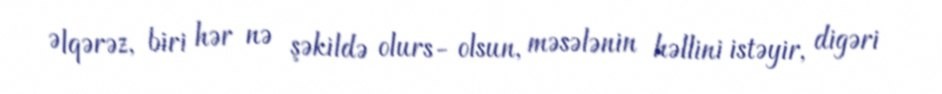
Əlqərəz, biri hər nə şəkildə olurs- olsun, məsələnin həllini istəyir, digəri